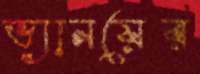
ভ্যানয়ের